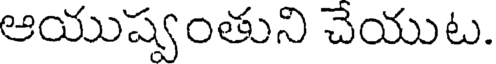
ఆయుష్వంతుని చెయుట.